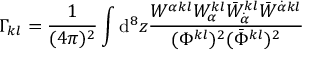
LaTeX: \Gamma _ { k l } = \frac { 1 } { ( 4 \pi ) ^ { 2 } } \int \mathrm { d } ^ { 8 } z \frac { W ^ { \alpha k l } W _ { \alpha } ^ { k l } \bar { W } _ { \dot { \alpha } } ^ { k l } \bar { W } ^ { \dot { \alpha } k l } } { ( \Phi ^ { k l } ) ^ { 2 } ( \bar { \Phi } ^ { k l } ) ^ { 2 } }